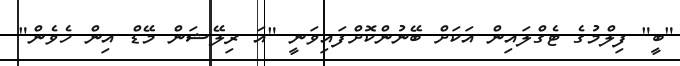
"ބީ" ފިލްމުގެ ޓެގްލައިން އަކަށް ބޭނުންކޮށްފައިވަނީ "އަ ރިލޭޝަން މޭޑް އިން ހެވެން"